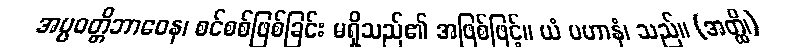
အပ္ပဝတ္တိဘာဝေန၊ စင်စစ်ဖြစ်ခြင်း မရှိသည်၏ အဖြစ်ဖြင့်။ ယံ ပဟာနံ၊ သည်။ (အတ္ထိ၊)